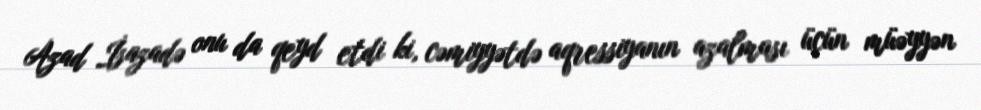
Azad İsazadə onu da qeyd etdi ki, cəmiyyətdə aqressiyanın azalması üçün müəyyən